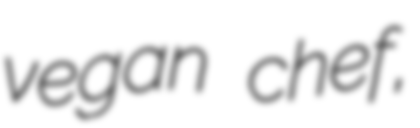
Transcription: vegan chef,